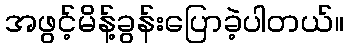
အဖွင့်မိန့်ခွန်းပြောခဲ့ပါတယ်။